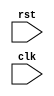
module timing_control_and_synchronization(
  input wire rst,
  input wire clk,
  // Add input/output ports as needed
);

  // Define internal signals and registers
  reg [7:0] counter = 8'b00000000; // Example counter for handling signal delays
  reg [1:0] state = 2'b00; // Example state machine for managing data handshaking protocols
  
  // Timing control logic
  always @(posedge clk or posedge rst) begin
    if (rst) begin
      // Reset logic
      // Add reset behavior as needed
    end else begin
      // Clock signal generation logic
      // Add clock signal generation code as needed
      
      // Signal delay handling logic
      // Add signal delay handling code as needed
      
      // Data handshaking protocol management logic
      // Add data handshaking protocol code as needed
      
      // Timing constraint enforcement logic
      // Add timing constraint enforcement code as needed
    end
  end

endmodule